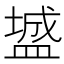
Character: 𪾓